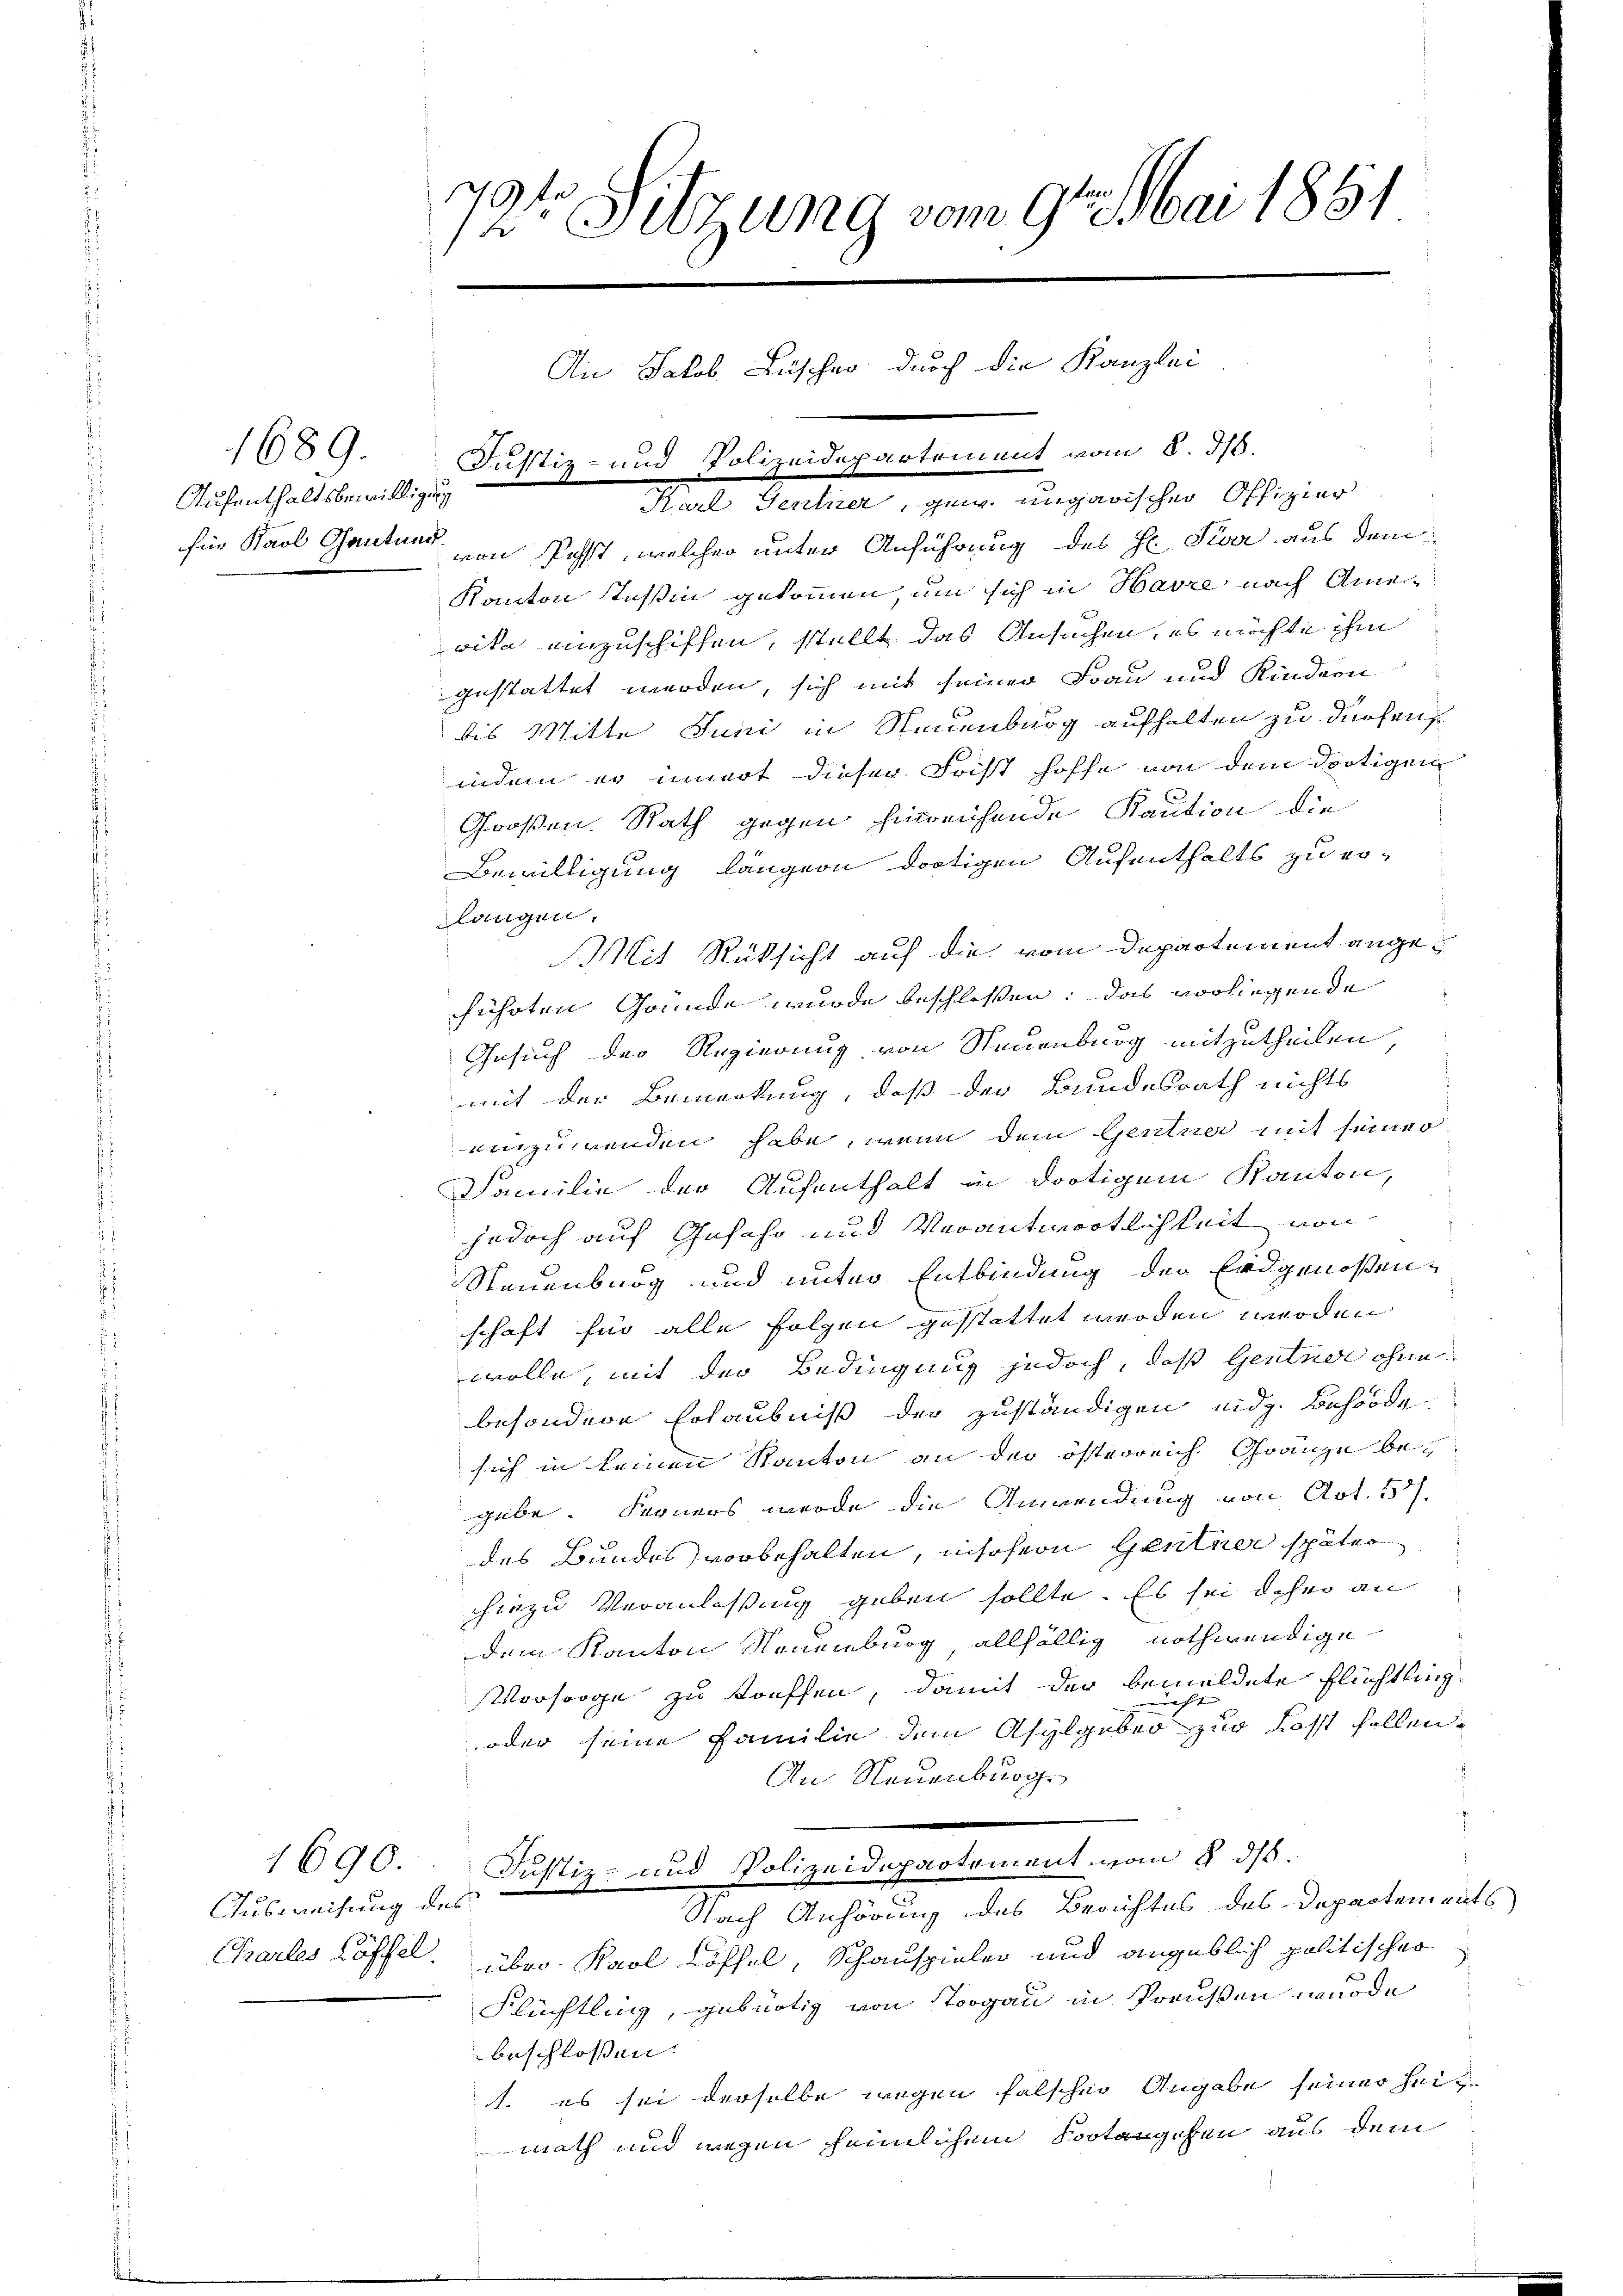
1689.
Aufenthaltsbewilligung

Ausweisung des

1690.

72te Sitzung vom 9. Mai 1861
Au Jakob Lüscher durch die Kanzlei

für Karl Gantner von Post, welcher unter Anführung des Hr. Sie aus dem
Kanton Teßin gekommen, um sich in Havre nach Amevita einzuschiffen, stellt das Ansuchen, es möchte ihm
gestattet werden, sich mit seiner Frau und Kindern
4
bis Mitte Juni in Steuenburg aufhalten zu dürfen,
indem er innert dieser Frist hoffe von dem dortigen
Großen. Rath gegen hinreichende Kaution die
Bewilligung längern dortigen Aufenthalts zu er-
langen.
Mit Rüksicht auf die vom Departement angeführten Gründe wurde beschlossen: das vorliegende
Gesuch der Regierung von Neuenburg mitzutheilen,
mit der Bemerkung, daß der Bundesrath nichts
einzuwenden habe, wenn dem Gentner mit seiner
Familie der Aufenthalt in dortigem Kanton,
jedoch auf Gefahr und Verantwortlichkeit von
Neuenburg und unter Entbindung der Erdgenoßenschaft für alle Folgen gestattet werden werden
wolle, mit der Bedingung jedoch, daß Gentner ohne
besondere Erlaubniß der zuständigen eidg. Behörde.
sich in keinen Kanton an der österreich Gränze begabe. Ferners werde die Anwendung von Art. 577.
des Bundes vorbehalten, insofern Gentner später
hiezu Veranlassung geben sollte. Es sei daher an
dem Kanton Neuenburg, allfällig nothwendige
Vorsorge zu treffen, damit der bemeldete Flüchtling
nicht |
oder seine Familie dem Asylgeben zur Kosst sollen,
An Neuenburg
Justiz- und Polizeidepartement vom 8. ds.
Nach Anhörung des Berichtes des Departements
Charles Löffel. über Karl Löffel, Schauspieler und angeblich politischer
Flüchtling, gebürtig von Togau in Preußen wurde
beschlossen:
1. es sei derselbe wegen falschen Angabe seiner Heitmath und wegen heimlichem Fortangehen aus dem

Justiz- und Polizeidepartement vom 8. 318.
Karl Gentner, gei ungarischer Offizier